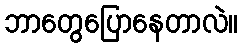
ဘာတွေပြောနေတာလဲ။